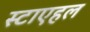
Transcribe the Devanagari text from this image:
स्टाएहल